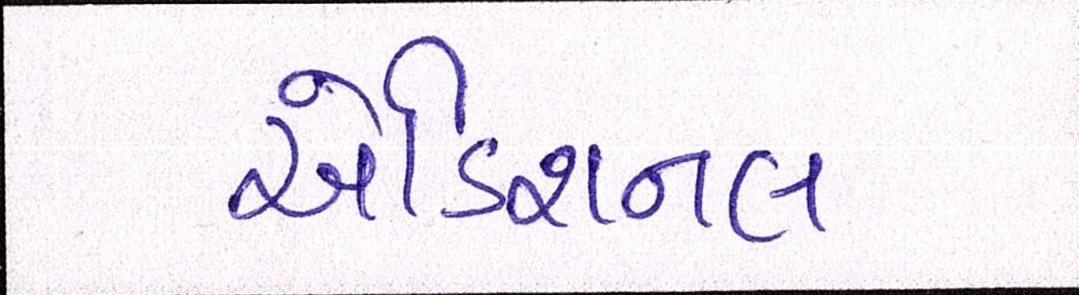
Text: એડિશનલ